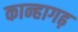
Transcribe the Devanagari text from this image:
कान्हागढ़